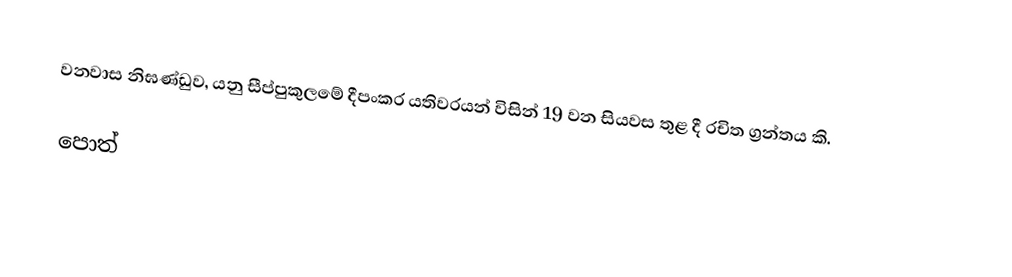
වනවාස නිඝණ්ඩුව, යනු සීප්පුකුලමේ දීපංකර යතිවරයන් විසින් 19 වන සියවස තුළ දී රචිත ග්‍රන්තය කි.

පොත්